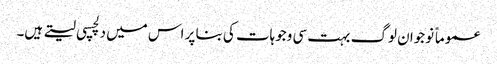
عموماً نوجوان لوگ بہت سی وجوہات کی بنا پر اس میں دلچسپی لیتے ہیں۔